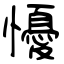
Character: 懮